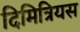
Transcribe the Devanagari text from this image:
दिमित्रियस